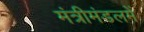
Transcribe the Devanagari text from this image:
मंत्रीमंडलमें